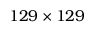
1 2 9 \times 1 2 9